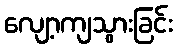
လျော့ကျသွားခြင်း